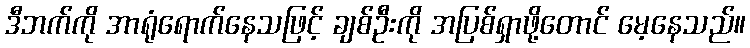
ဒီဘက်ကို အာရုံရောက်နေသဖြင့် ချစ်ဦးကို အပြစ်ရှာဖို့တောင် မေ့နေသည်။